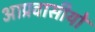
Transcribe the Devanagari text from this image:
आप्रवासीयों